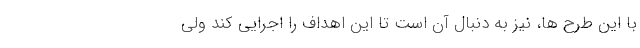
با این طرح ها، نیز به دنبال آن است تا این اهداف را اجرایی کند ولی